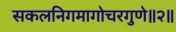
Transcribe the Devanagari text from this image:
सकलनिगमागोचरगुणे॥२॥